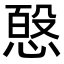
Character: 𭝸